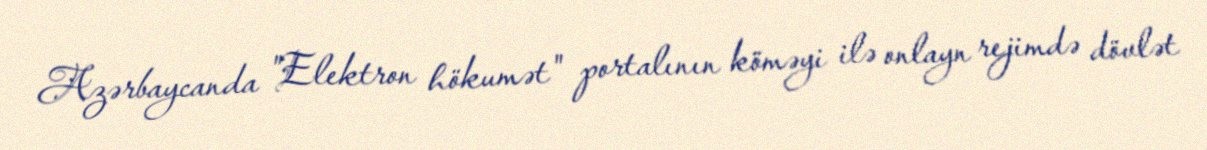
Azərbaycanda "Elektron hökumət" portalının köməyi ilə onlayn rejimdə dövlət